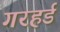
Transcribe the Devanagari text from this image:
गरहर्ड